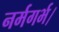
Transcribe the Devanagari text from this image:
नर्मगर्भ।